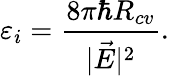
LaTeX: \varepsilon_{i}=\frac{8\pi\hbar R_{cv}}{|\vec{E}|^{2}}.\